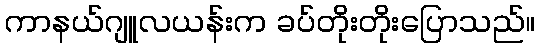
ကာနယ်ဂျူလယန်းက ခပ်တိုးတိုးပြောသည်။